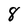
Character: 8